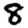
Digit: 8